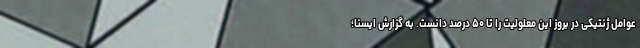
عوامل ژنتیکی در بروز این معلولیت را تا ۵۰ درصد دانست. به گزارش ایسنا؛